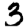
Digit: 3